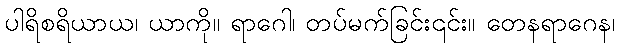
ပါရိစရိယာယ၊ ယာကို။ ရာဂေါ၊ တပ်မက်ခြင်း၎င်း။ တေနရာဂေန၊